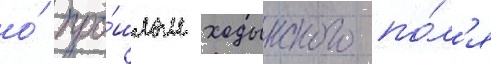
о́ про́шлом ходынского по́л'я